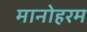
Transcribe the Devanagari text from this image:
मानोहरम